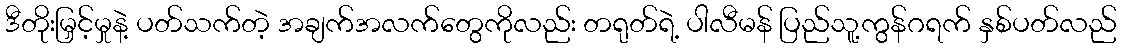
ဒီတိုးမြှင့်မှုနဲ့ ပတ်သက်တဲ့ အချက်အလက်တွေကိုလည်း တရုတ်ရဲ့ ပါလီမန် ပြည်သူ့ကွန်ဂရက် နှစ်ပတ်လည်